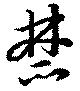
禁